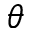
\theta